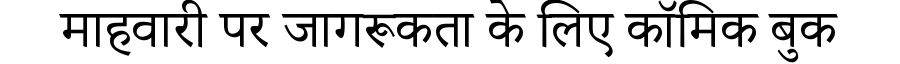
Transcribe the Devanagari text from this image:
माहवारी पर जागरूकता के लिए कॉमिक बुक